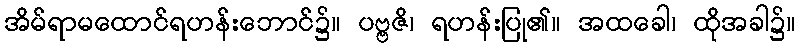
အိမ်ရာမထောင်ရဟန်းဘောင်၌။ ပဗ္ဗဇိ၊ ရဟန်းပြု၏။ အထခေါ၊ ထိုအခါ၌။